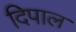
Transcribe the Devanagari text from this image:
दिपाल